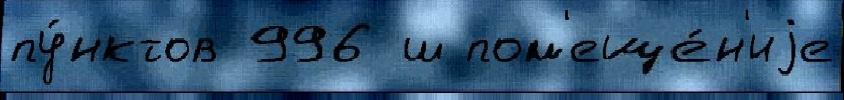
пу́нктов 996 ш пом'еще́н'иjе